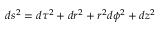
d s ^ { 2 } = d \tau ^ { 2 } + d r ^ { 2 } + r ^ { 2 } d \phi ^ { 2 } + d z ^ { 2 }